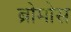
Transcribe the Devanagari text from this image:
ब्रोमोस